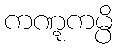
ကဏ္ဋကမ္ပိ